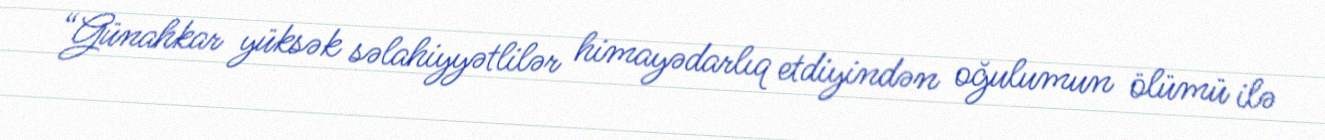
“Günahkar yüksək səlahiyyətlilər himayədarlıq etdiyindən oğulumun ölümü ilə